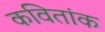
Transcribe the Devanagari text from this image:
कवितांक